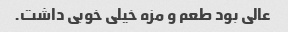
عالی بود طعم و مزه خیلی خوبی داشت.